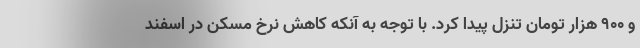
و ۹۰۰ هزار تومان تنزل پیدا کرد. با توجه به آنکه کاهش نرخ مسکن در اسفند